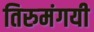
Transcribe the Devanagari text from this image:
तिरुमंगयी